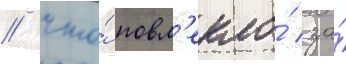
/ что́ повл'екло́ за́